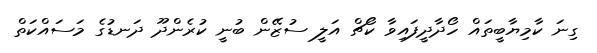
ގިނަ ކާމިޔާބީތައް ހޯދާދީފައިވާ ކޯޗް އަލީ ސުޒޭން ބުނީ ކުރެންދޫ ދަނޑުގެ މަސައްކަތް